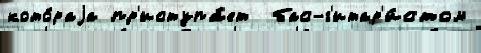
кото́раjа пр'иступа́ет  бас-г'итар'и́стом